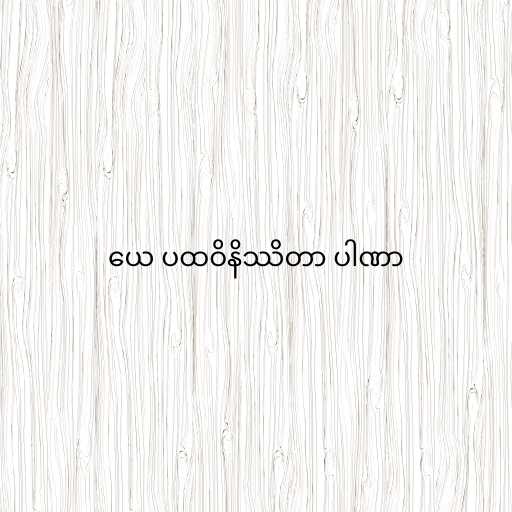
ယေ ပထဝိနိဿိတာ ပါဏာ